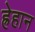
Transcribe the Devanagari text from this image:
ह्रेहान